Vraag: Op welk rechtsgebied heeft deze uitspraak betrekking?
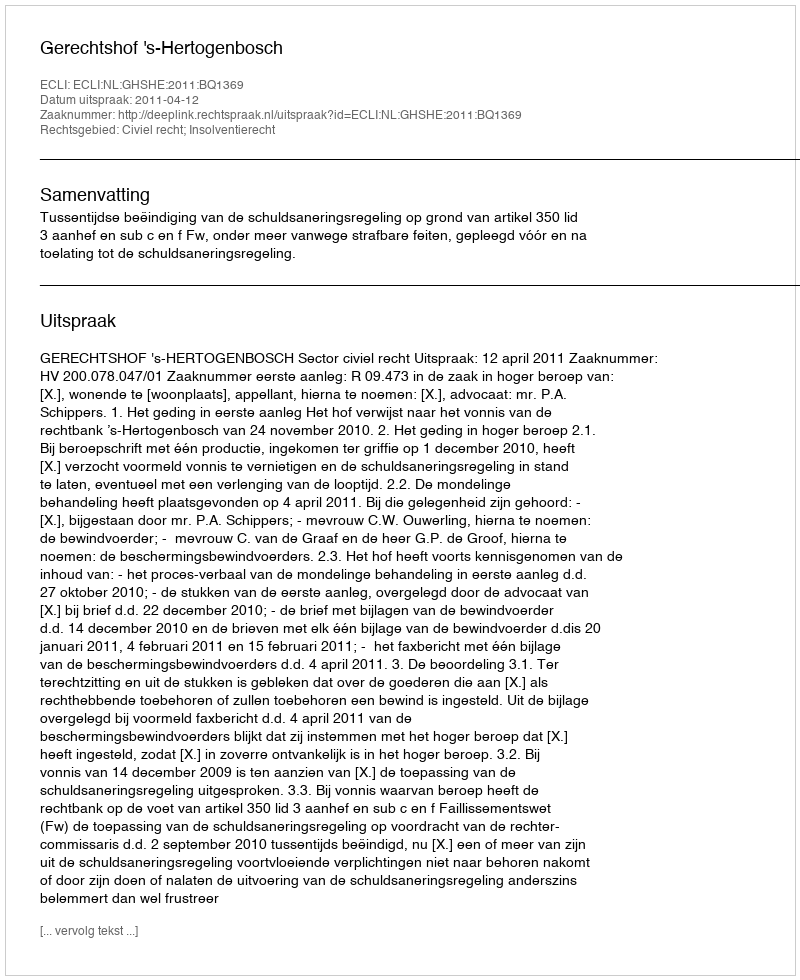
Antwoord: Civiel recht; Insolventierecht